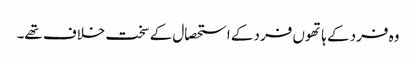
وہ فرد کے ہاتھوں فرد کے استحصال کے سخت خلاف تھے۔